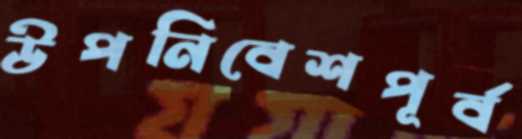
উপনিবেশপূর্ব